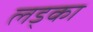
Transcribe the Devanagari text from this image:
लड्का